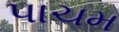
પાચમ